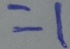
= 1